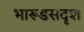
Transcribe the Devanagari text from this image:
भारूडसदृश